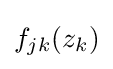
f_{jk}(z_{k})